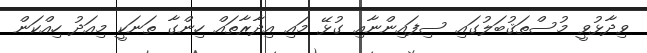
ވިދާޅުވީ މުސްތަޤުބަލުގައި ސިފައިންނާއި ގުޅޭ މައި އިދާރާތައް ހިންގާ ތަނަކީ މިއަދު ހިއްކަން